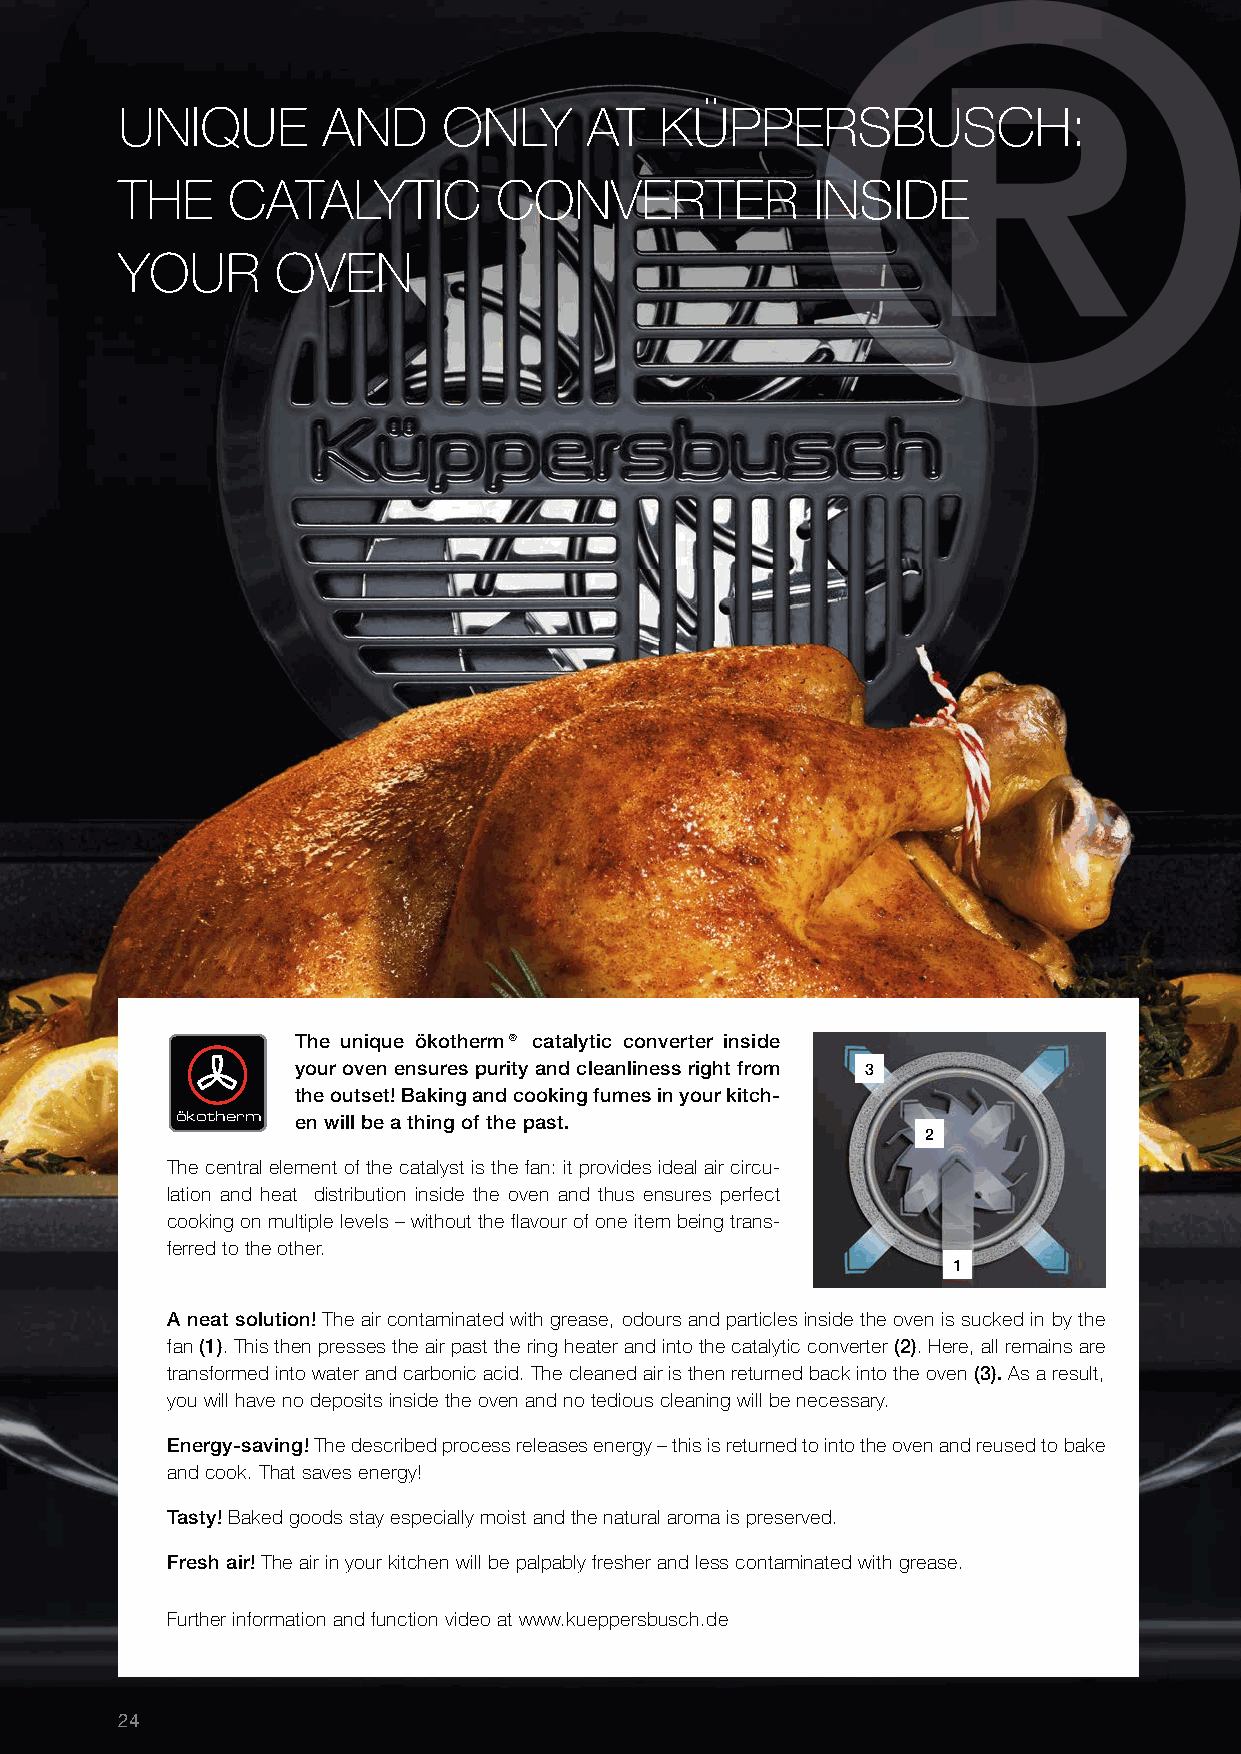
UNIQUE       AND     ONLY      AT   KÜPPERSBUSCH:
 THE    CATALYTIC         CONVERTER            INSIDE
 YOUR      OVEN
 The unique ökotherm® catalytic converter inside
 your oven ensures purity and cleanliness right from 3
 the outset! Baking and cooking fumes in your kitch-
 ökotherm en will be a thing of the past.
 2
 The central element of the catalyst is the fan: it provides ideal air circu-
 lation and heat distribution inside the oven and thus ensures perfect
 cooking on multiple levels – without the flavour of one item being trans-
 ferred to the other.
 1
 A neat solution! The air contaminated with grease, odours and particles inside the oven is sucked in by the
 fan (1). This then presses the air past the ring heater and into the catalytic converter (2). Here, all remains are
 transformed into water and carbonic acid. The cleaned air is then returned back into the oven (3). As a result,
 you will have no deposits inside the oven and no tedious cleaning will be necessary.
 Energy-saving! The described process releases energy – this is returned to into the oven and reused to bake
 and cook. That saves energy!
 Tasty! Baked goods stay especially moist and the natural aroma is preserved.
 Fresh air! The air in your kitchen will be palpably fresher and less contaminated with grease.
 Further information and function video at www.kueppersbusch.de
 24